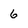
Character: 6